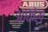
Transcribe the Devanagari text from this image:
आकेल